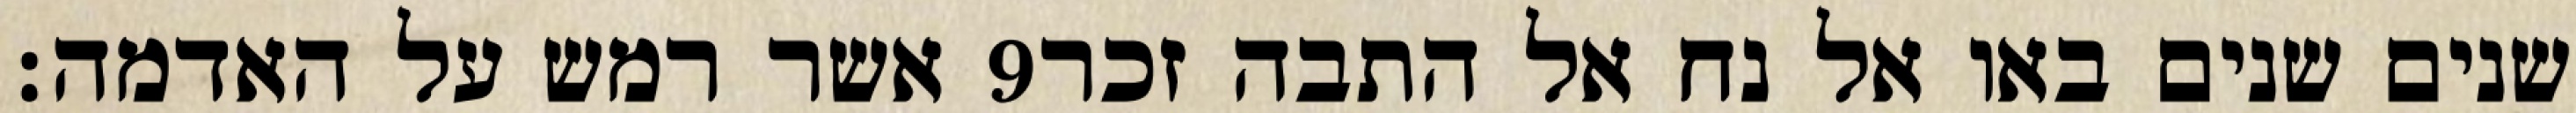
אשר רמש על האדמה׃ ‎9‏ שנים שנים באו אל נח אל התבה זכר